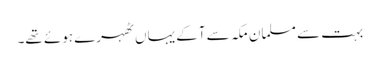
بہت سے مسلمان مکہ سے آکے یہاں ٹھہرے ہوئے تھے۔